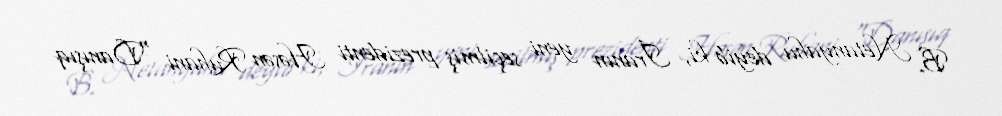
B. Netanyahu deyib ki, İranın yeni seçilmiş prezidenti Həsən Ruhani “Danışıq